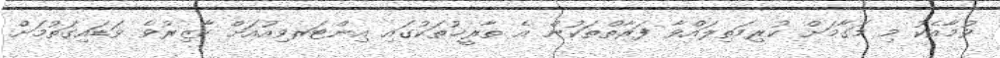
ވުމާއެކު މި މަގާމަށް ކުރިމަތިލައްވާ ފަރާތްތަކުން އެ ތާރީޚުތަކުގައި އިންޓަރވިއުއަށް ހާޒިރުވެ ވަޑައިގަތުމަށް